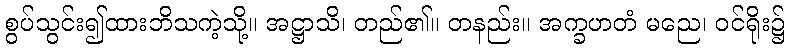
စွပ်သွင်း၍ထားဘိသကဲ့သို့။ အဋ္ဌာသိ၊ တည်၏။ တနည်း။ အက္ခဟတံ မညေ၊ ဝင်ရိုး၌